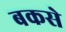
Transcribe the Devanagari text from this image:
बकसे